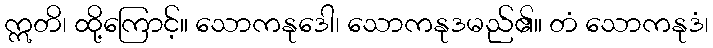
ဣတိ၊ ထို့ကြောင့်။ သောကနုဒေါ၊ သောကနုဒမည်၏။ တံ သောကနုဒံ၊